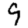
Digit: 9